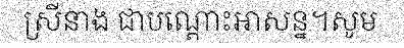
ស្រីនាង ជាបណ្តោះអាសន្ន។សូម